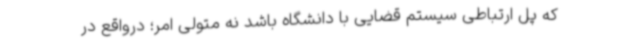
که پل ارتباطی سیستم قضایی با دانشگاه باشد نه متولی امر؛ درواقع در